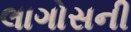
લાગોસની